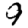
Digit: 9